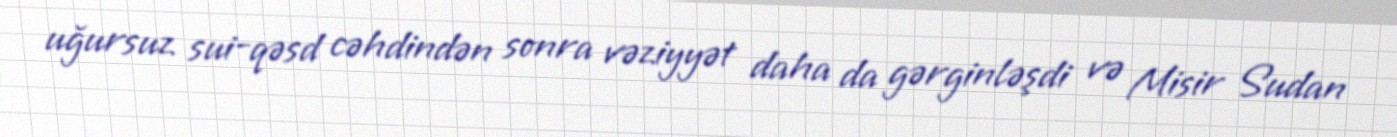
uğursuz sui-qəsd cəhdindən sonra vəziyyət daha da gərginləşdi və Misir Sudan